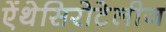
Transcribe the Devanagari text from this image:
ऐंथेसिरोटेलीज